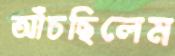
আঁচছিলেম